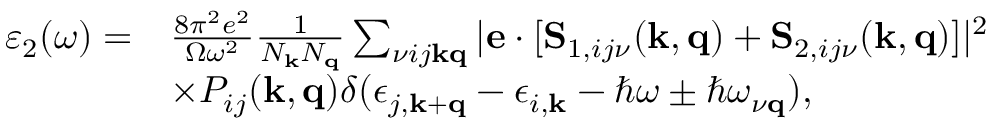
\begin{array} { r l } { \varepsilon _ { 2 } ( \omega ) = } & { \frac { 8 \pi ^ { 2 } e ^ { 2 } } { \Omega \omega ^ { 2 } } \frac { 1 } { N _ { \mathbf { k } } N _ { \mathbf { q } } } \sum _ { \nu i j \mathbf { k } \mathbf { q } } | \mathbf { e } \cdot [ \mathbf { S } _ { 1 , i j \nu } ( \mathbf { k , q } ) + \mathbf { S } _ { 2 , i j \nu } ( \mathbf { k , q } ) ] | ^ { 2 } } \\ & { \times P _ { i j } ( \mathbf { k , q } ) \delta ( \epsilon _ { j , \mathbf { k + q } } - \epsilon _ { i , \mathbf { k } } - \hbar \omega \pm \hbar \omega _ { \nu \mathbf { q } } ) , } \end{array}